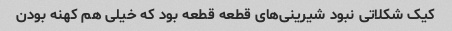
کیک شکلاتی نبود شیرینی‌های قطعه قطعه بود که خیلی هم کهنه بودن